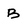
Character: B